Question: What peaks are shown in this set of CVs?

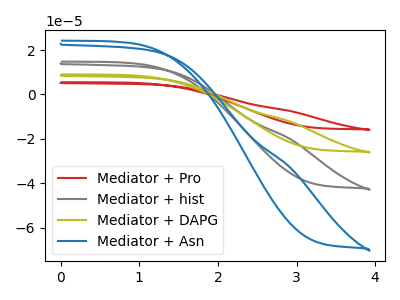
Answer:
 <answer>The red curve "Mediator + Pro" has no peaks. The gray curve "Mediator + hist" has no peaks. The olive curve "Mediator + DAPG" has no peaks. The blue curve "Mediator + Asn" has no peaks.</answer>
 <eval></eval>